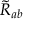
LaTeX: { \widetilde { R } } _ { a b }